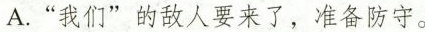
A.“我们”的敌人要来了，准备防守。